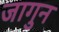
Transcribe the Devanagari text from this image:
जागुन